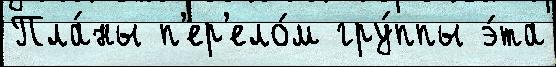
Пла́ны п'ер'ело́м гру́ппы э́та